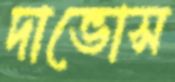
দাভোস